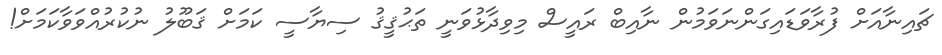
ޗައިނާއަށް ފުރާވަޑައިގަންނަވަމުން ނާއިބް ރައީސް މިވިދާޅުވަނީ ތަޙުޤީޤު ސިޔާސީ ކަމަށް ޤަބޫލު ނުކުރުއްވަވާކަމަށް!